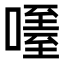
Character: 𠽧